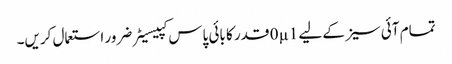
تمام آئی سیز کے لیے 0µ1 قدر کا بائی پاس کپیسیٹر ضرور استعمال کریں۔